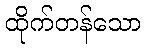
ထိုက်တန်သော